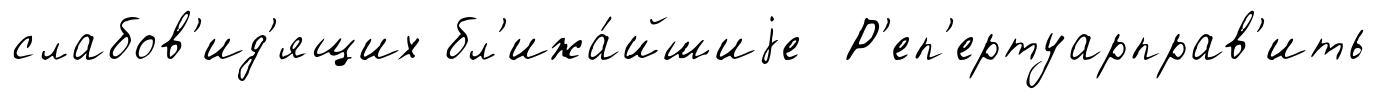
слабов'ид'ящих бл'ижа́йшиjе Р'еп'ертуарправ'ить